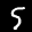
Label: 5